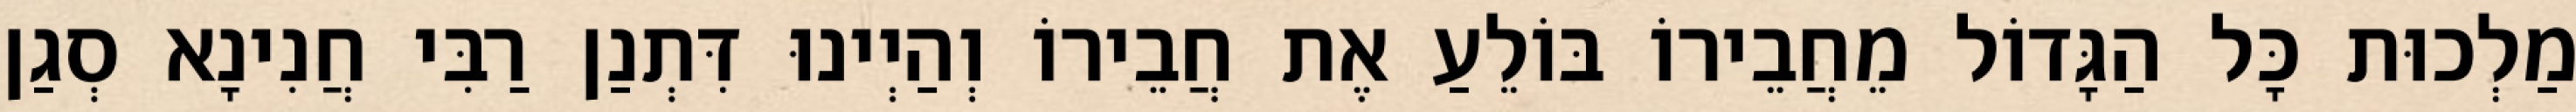
מַלְכוּת כָּל הַגָּדוֹל מֵחֲבֵירוֹ בּוֹלֵעַ אֶת חֲבֵירוֹ וְהַיְינוּ דִּתְנַן רַבִּי חֲנִינָא סְגַן